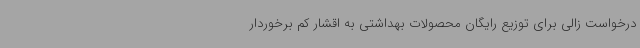
درخواست زالی برای توزیع رایگان محصولات بهداشتی به اقشار کم برخوردار